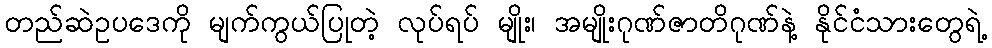
တည်ဆဲဥပဒေကို မျက်ကွယ်ပြုတဲ့ လုပ်ရပ် မျိုး၊ အမျိုးဂုဏ်ဇာတိဂုဏ်နဲ့ နိုင်ငံသားတွေရဲ့